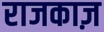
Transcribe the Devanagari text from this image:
राजकाज़